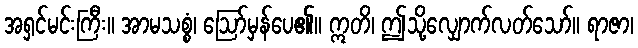
အရှင်မင်းကြီး။ အာမသစ္စံ၊ ဩော်မှန်ပေ၏။ ဣတိ၊ ဤသို့လျှောက်လတ်သော်။ ရာဇာ၊